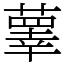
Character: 䕉